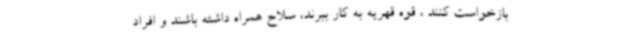
بازخواست کنند ، قوه قهریه به کار ببرند، سلاح همراه داشته باشند و افراد